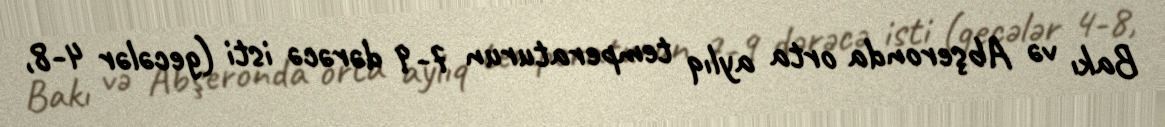
Bakı və Abşeronda orta aylıq temperaturun 7-9 dərəcə isti (gecələr 4-8,